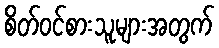
စိတ်ဝင်စားသူများအတွက်